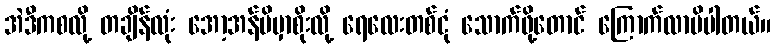
အဲဒီကစလို့ တချိန်လုံး အော့အန်မိမှာစိုးလို့ ရေလေးတစ်ငုံ သောက်ဖို့တောင် ကြောက်လာမိပါတယ်။